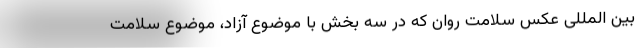
بین المللی عکس سلامت روان که در سه بخش با موضوع آزاد، موضوع سلامت